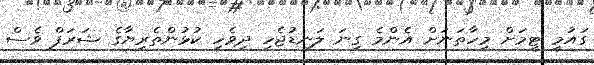
ގައުމީ ޓީމަށް މިހާތަނަށް އެންމެ ގިނަ ލަނޑުޖެހި ދިވެހި ކުޅުންތެރިޔާގެ ޝަރަފް ވެސް